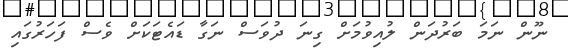
ނޫން ނަމަ ބަރުދަން ލުއިވުމަށް ގިނަ ދުވަސް ނަގާ ޑައެޓަކަށް ވެސް ފަހަރުގައި